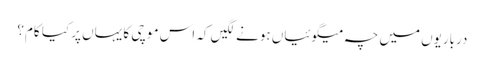
درباریوں میں چہ میگوئیاں ہونے لگیں کہ اس موچی کا یہاں پر کیا کام؟